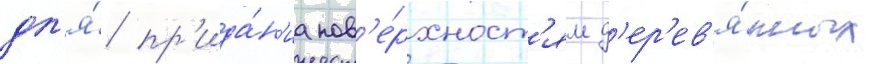
дл'я́ пр'ида́н'иа пов'е́рхност'ям д'ер'ев'я́нных